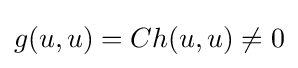
g(u,u)=Ch(u,u)\neq 0